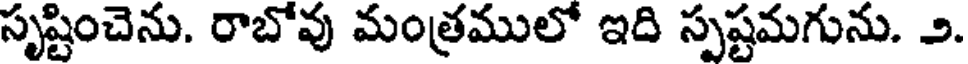
సృష్టించెను. రాబోవు మంత్రములో ఇది స్పష్టమగును. ౨.